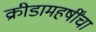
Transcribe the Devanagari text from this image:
क्रीडामहर्षींचा